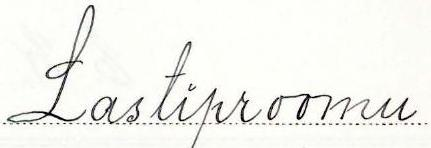
Lastiproomu